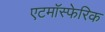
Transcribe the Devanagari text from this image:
एटमॉस्फेरिक